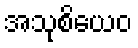
အသုစိယေဝ